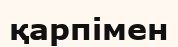
қарпімен